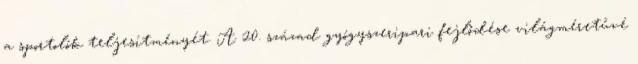
a sportolók teljesítményét. A 20. század gyógyszeripari fejlődése világméretűvé